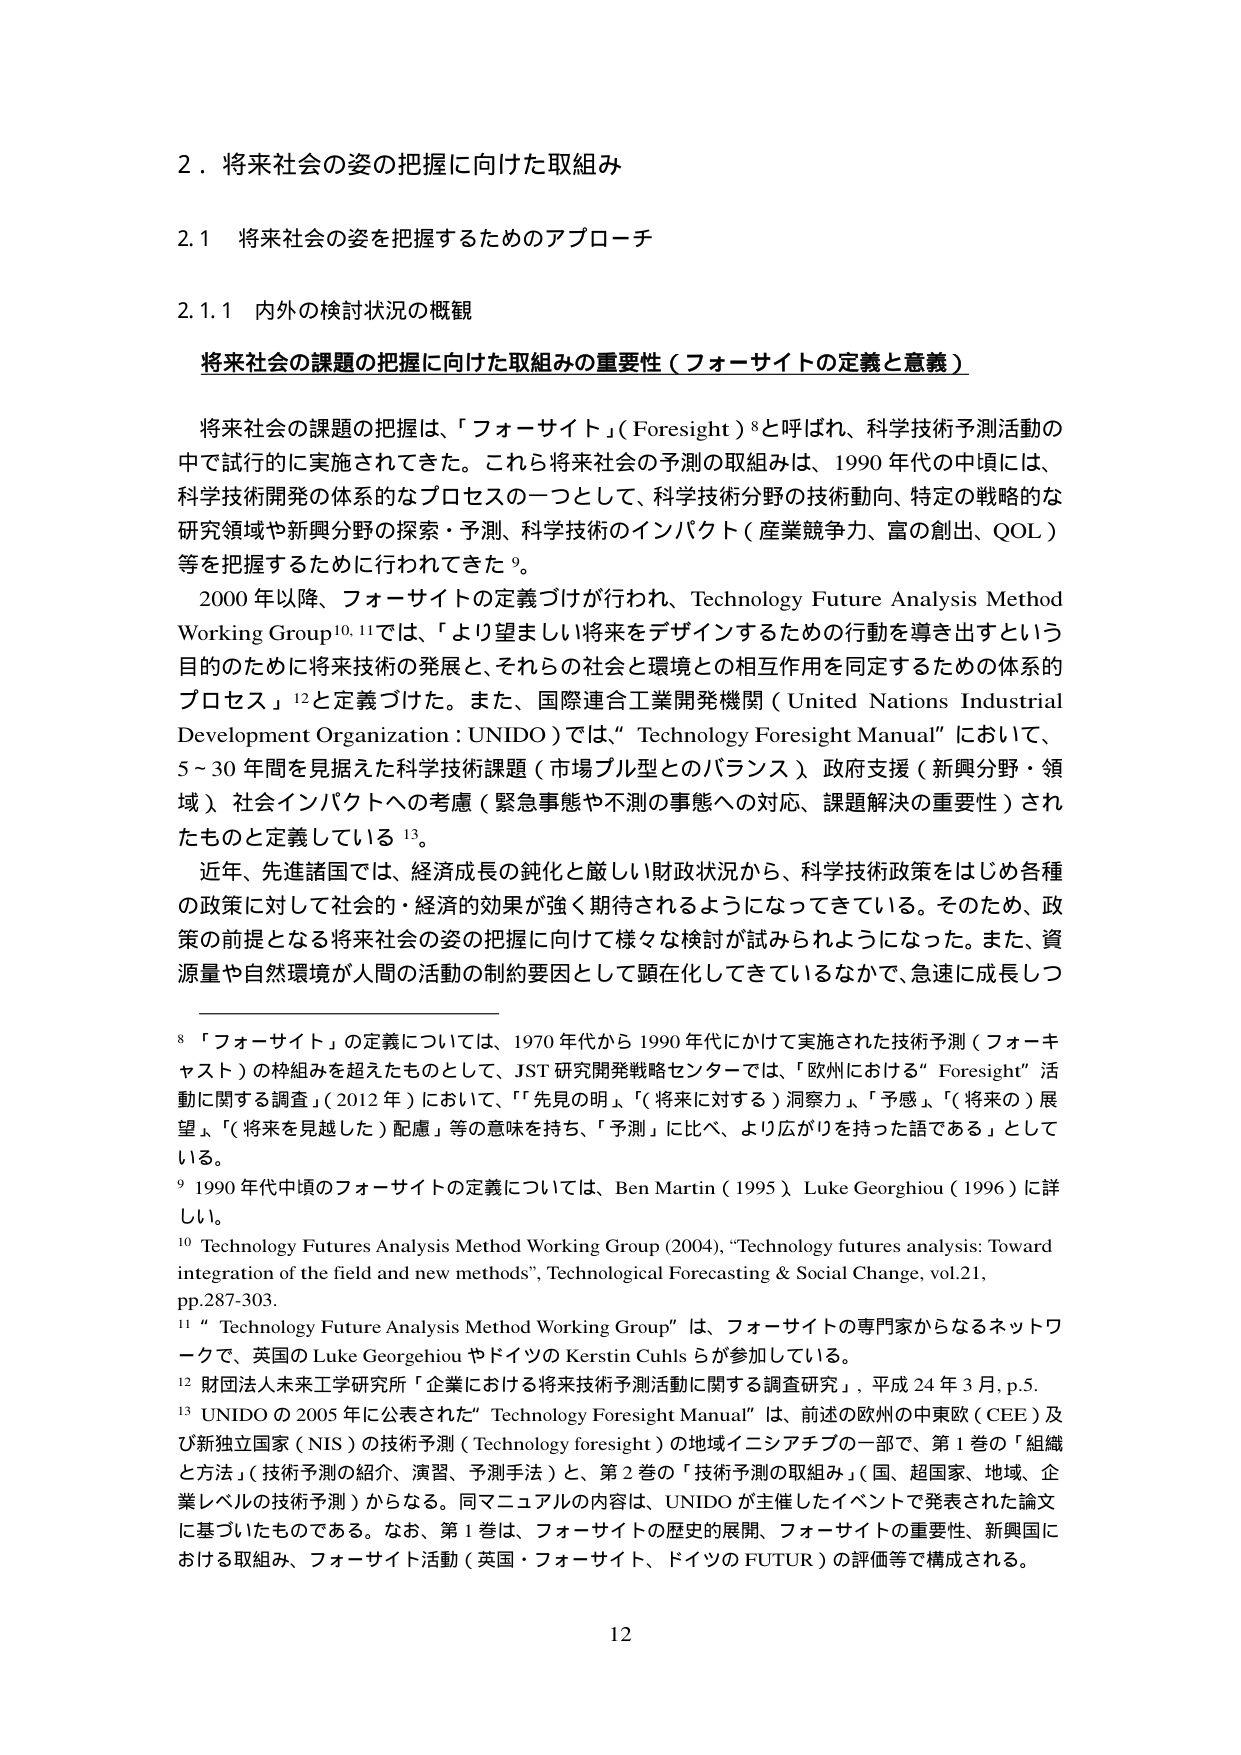
2．将来社会の姿の把握に向けた取組み

2.1 将来社会の姿を把握するためのアプローチ

2.1.1 内外の検討状況の概観

将来社会の課題の把握に向けた取組みの重要性（フォーサイトの定義と意義）

将来社会の課題の把握は、「フォーサイト」（Foresight）⁸と呼ばれ、科学技術予測活動の中で試行的に実施されてきた。これら将来社会の予測の取組みは、1990年代の中頃には、科学技術開発の体系的なプロセスの一つとして、科学技術分野の技術動向、特定の戦略的な研究領域や新興分野の探索・予測、科学技術のインパクト（産業競争力、富の創出、QOL）等を把握するために行われてきた⁹。

2000年以降、フォーサイトの定義づけが行われ、Technology Future Analysis Method Working Group¹⁰,¹¹では、「より望ましい将来をデザインするための行動を導き出すという目的のために将来技術の発展と、それらの社会と環境との相互作用を同定するための体系的プロセス」¹²と定義づけた。また、国際連合工業開発機関（United Nations Industrial Development Organization：UNIDO）では、“Technology Foresight Manual”において、5～30年間を見据えた科学技術課題（市場プル型とのバランス）、政府支援（新興分野・領域）、社会インパクトへの考慮（緊急事態や不測の事態への対応、課題解決の重要性）されたものと定義している¹³。

近年、先進諸国では、経済成長の鈍化と厳しい財政状況から、科学技術政策をはじめ各種の政策に対して社会的・経済的効果が強く期待されるようになってきている。そのため、政策の前提となる将来社会の姿の把握に向けて様々な検討が試みられるようになった。また、資源量や自然環境が人間の活動の制約要因として顕在化してきているなかで、急速に成長しつ

⁸ 「フォーサイト」の定義については、1970年代から1990年代にかけて実施された技術予測（フォーキャスト）の枠組みを超えたものとして、JST研究開発戦略センターでは、「欧州における“Foresight”活動に関する調査」（2012年）において、「先見の明」、「（将来に対する）洞察力」、「予感」、「（将来の）展望」、「（将来を見越した）配慮」等の意味を持ち、「予測」に比べ、より広がりを持った語である」としている。

⁹ 1990年代中頃のフォーサイトの定義については、Ben Martin（1995）、Luke Georghiou（1996）に詳しい。

¹⁰ Technology Futures Analysis Method Working Group (2004), “Technology futures analysis: Toward integration of the field and new methods”, Technological Forecasting & Social Change, vol.21, pp.287-303.

¹¹ “Technology Future Analysis Method Working Group”は、フォーサイトの専門家からなるネットワークで、英国のLuke GeorghiouやドイツのKerstin Cuhlsらが参加している。

¹² 財団法人未来工学研究所「企業における将来技術予測活動に関する調査研究」、平成24年3月、p.5.

¹³ UNIDOの2005年に公表された“Technology Foresight Manual”は、前述の欧州の中東欧（CEE）及び新独立国家（NIS）の技術予測（Technology foresight）の地域イニシアチブの一部で、第1巻の「組織と方法」（技術予測の紹介、演習、予測手法）と、第2巻の「技術予測の取組み」（国、超国家、地域、企業レベルの技術予測）からなる。同マニュアルの内容は、UNIDOが主催したイベントで発表された論文に基づいたものである。なお、第1巻は、フォーサイトの歴史的展開、フォーサイトの重要性、新興国における取組み、フォーサイト活動（英国・フォーサイト、ドイツのFUTUR）の評価等で構成される。

12